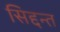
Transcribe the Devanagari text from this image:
सिद्दन्त